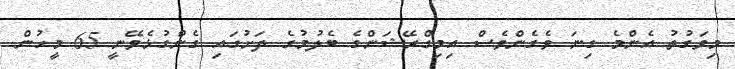
މިވަގުތު އެންމެ ގިނަ ވެެގެންވެސް އިމިގްރޭޝަންގެ ބެލުމުގެ ދަށުގައި ގެންގުޅެވޭނީ 65 މީހުން